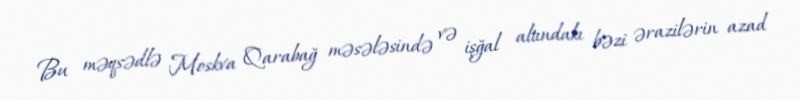
Bu məqsədlə Moskva Qarabağ məsələsində və işğal altındakı bəzi ərazilərin azad